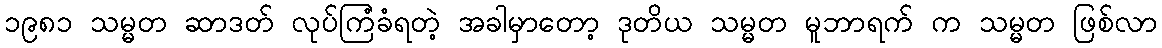
၁၉၈၁ သမ္မတ ဆာဒတ် လုပ်ကြံခံရတဲ့ အခါမှာတော့ ဒုတိယ သမ္မတ မူဘာရက် က သမ္မတ ဖြစ်လာ